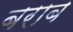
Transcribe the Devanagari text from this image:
बराब